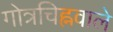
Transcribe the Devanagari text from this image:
गोत्रचिह्नवाले